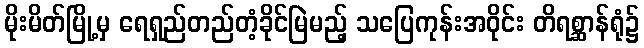
မိုးမိတ်မြို့မှ ရေရှည်တည်တံ့ခိုင်မြဲမည့် သပြေကုန်းအဝိုင်း တိရစ္ဆာန်ရုံ၌